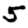
Digit: 5